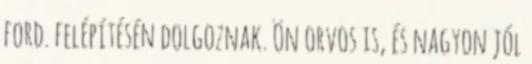
ford. felépítésén dolgoznak. Ön orvos is, és nagyon jól